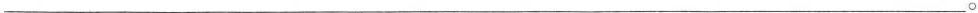
___。